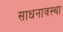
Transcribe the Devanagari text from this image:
साधनावस्था